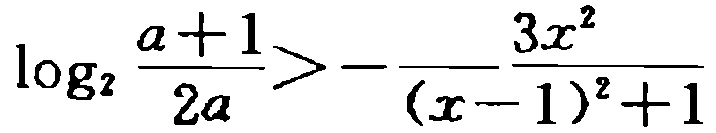
\(\log_{2}\frac{a + 1}{2a}>-\frac{3x^{2}}{(x - 1)^{2}+1}\)